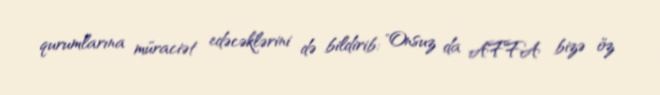
qurumlarına müraciət edəcəklərini də bildirib: "Onsuz da AFFA bizə öz